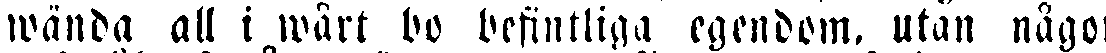
wända all i wårt bo befintliga egendom, utan någon